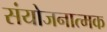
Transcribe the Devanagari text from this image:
संयोजनात्मक